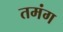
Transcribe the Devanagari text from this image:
तमंग